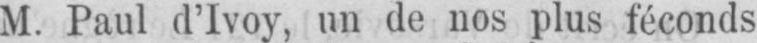
M. Paul d’Ivoy, un de nos plus féconds